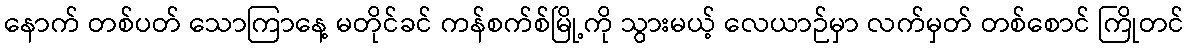
နောက် တစ်ပတ် သောကြာနေ့ မတိုင်ခင် ကန်စက်စ်မြို့ကို သွားမယ့် လေယာဉ်မှာ လက်မှတ် တစ်စောင် ကြိုတင်